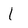
Character: 1